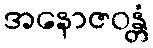
အနောဇဝန္တံ